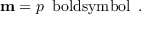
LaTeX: \mathbf { m } = p \, \mathrm { \ b o l d s y m b o l { \ell } } \, .